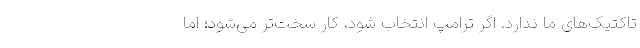
تاکتیک‌های ما ندارد. اگر ترامپ انتخاب شود، کار سخت‌تر می‌شود؛ اما